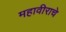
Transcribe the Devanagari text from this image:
महावीराचे